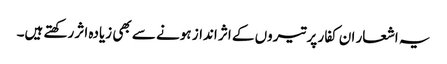
یہ اشعار ان کفار پر تیروں کے اثر انداز ہونے سے بھی زیادہ اثر رکھتے ہیں۔